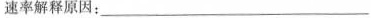
速率解释原因：___